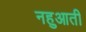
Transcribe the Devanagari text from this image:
नहुआती